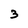
Character: 3